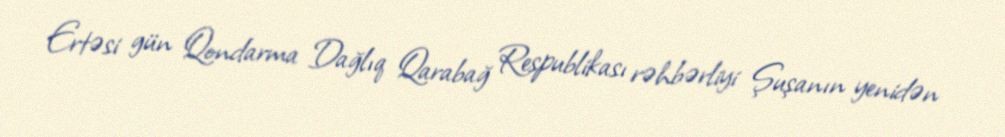
Ertəsi gün Qondarma Dağlıq Qarabağ Respublikası rəhbərliyi Şuşanın yenidən